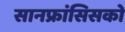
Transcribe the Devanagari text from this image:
सानफ्रांसिसको